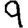
Digit: 9